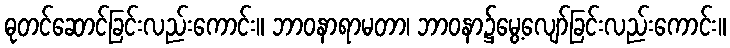
ဓုတင်ဆောင်ခြင်းလည်းကောင်း။ ဘာဝနာရာမတာ၊ ဘာဝနာ၌မွေ့လျော်ခြင်းလည်းကောင်း။